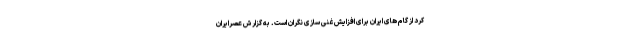
کرد از گام های ایران برای افزایش غنی سازی نگران است. به گزارش عصرایران